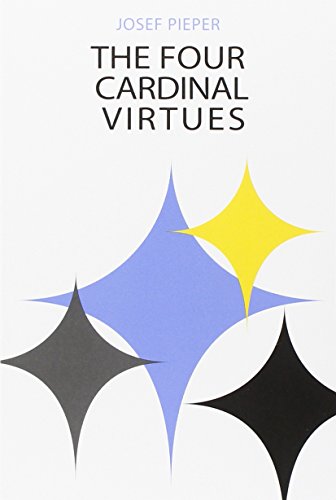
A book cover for The Four Cardinal Virtues; Josef Pieper; Christian Books & Bibles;